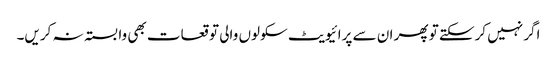
اگر نہیں کرسکتے تو پھر ان سے پرائیویٹ سکولوں والی توقعات بھی وابستہ نہ کریں۔